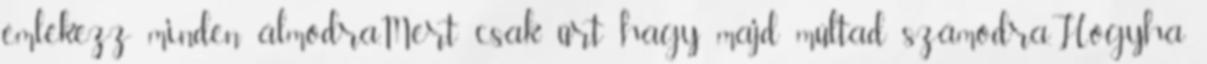
emlékezz minden álmodra,Mert csak űrt hagy majd múltad számodra.Hogyha